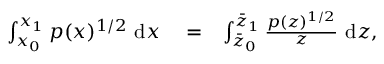
\begin{array} { r l r } { \int _ { x _ { 0 } } ^ { x _ { 1 } } p ( x ) ^ { 1 / 2 } ~ \mathrm { d } x } & { { } = } & { \int _ { \Bar { z } _ { 0 } } ^ { \Bar { z } _ { 1 } } \frac { p ( z ) ^ { 1 / 2 } } { z } ~ \mathrm { d } z , } \end{array}